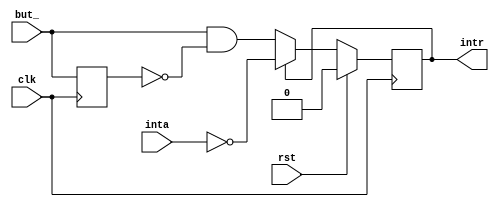
module but_int (
    input      clk,
    input      rst,
    input      but_,
    output reg intr,
    input      inta
  );

  // Register declaration
  reg old_but;

  // Behaviour
  always @(posedge clk)
    if (rst) intr <= 1'b0;
    else intr <= intr ? !inta : (but_ && !old_but);

  always @(posedge clk) old_but <= but_;

endmodule